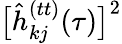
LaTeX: \big[\hat{h}_{kj}^{(tt)}(\tau)\big]^{2}